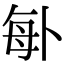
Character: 𠧩